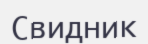
Свидник